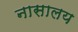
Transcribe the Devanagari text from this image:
नासालय